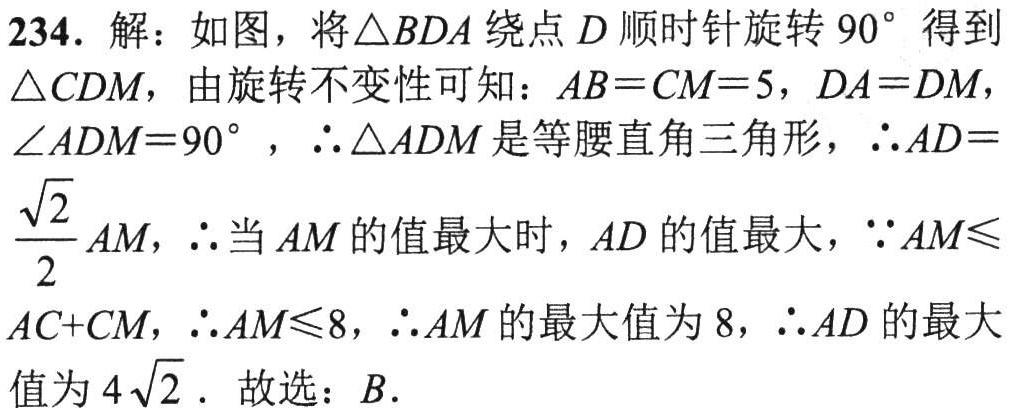
234. 解：如图，将\(\triangle BDA\)绕点\(D\)顺时针旋转\(90^{\circ}\)得到\(\triangle CDM\)，由旋转不变性可知：\(AB = CM = 5\)，\(DA=DM\)，\(\angle ADM = 90^{\circ}\)，\(\therefore\triangle ADM\)是等腰直角三角形，\(\therefore AD=\frac{\sqrt{2}}{2}AM\)，\(\therefore\)当\(AM\)的值最大时，\(AD\)的值最大，\(\because AM\leqslant AC + CM\)，\(\therefore AM\leqslant8\)，\(\therefore AM\)的最大值为\(8\)，\(\therefore AD\)的最大值为\(4\sqrt{2}\)．故选：\(B\)．